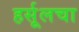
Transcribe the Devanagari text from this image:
हर्सूलचा